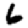
Digit: 6